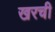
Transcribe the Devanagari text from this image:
खरची